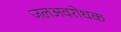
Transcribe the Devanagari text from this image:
जलअवरोधक